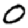
Digit: 0